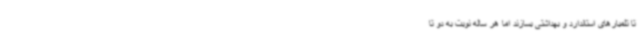
تا تلمبارهای استاندارد و بهداشتی بسازند اما هر ساله نوبت به دو تا